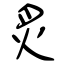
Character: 炙